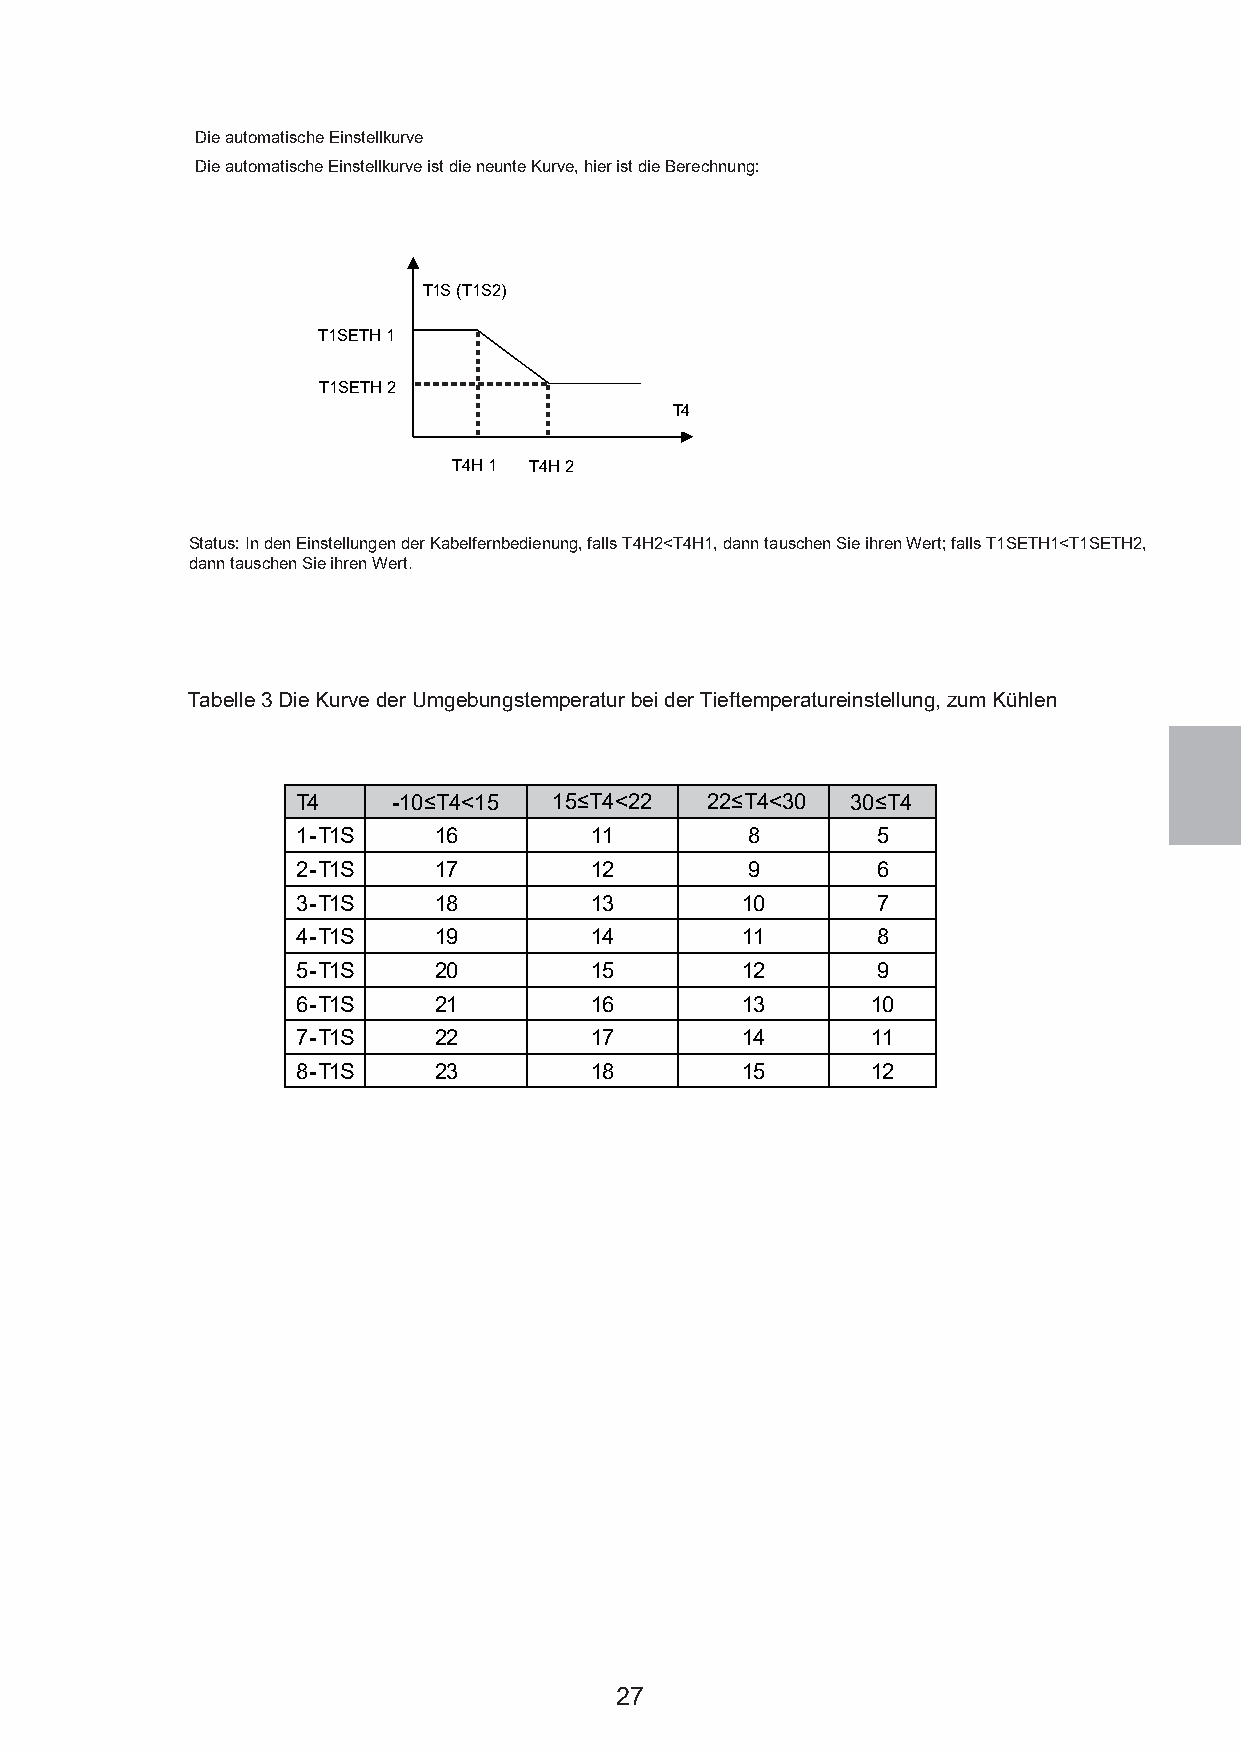
Die automatische Einstellkurve
 Die automatische Einstellkurve ist die neunte Kurve, hier ist die Berechnung:
 T1S (T1S2)
 T1SETH 1
 T1SETH 2
 T4
 T4H 1 T4H 2
 Status: In den Einstellungen der Kabelfernbedienung, falls T4H2<T4H1, dann tauschen Sie ihren Wert; falls T1SETH1<T1SETH2,
 dann tauschen Sie ihren Wert.
 Tabelle 3 Die Kurve der Umgebungstemperatur bei der Tieftemperatureinstellung, zum Kühlen
 T4    -10≤T4<15  15≤T4<22  22≤T4<30 30≤T4
 1-T1S    16        11        8        5
 2-T1S    17        12        9        6
 3-T1S    18        13        10       7
 4-T1S    19        14        11       8
 5-T1S    20        15        12       9
 6-T1S    21        16        13       10
 7-T1S    22        17        14       11
 8-T1S    23        18        15       12
 27